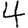
Digit: 4